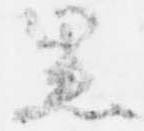
黒